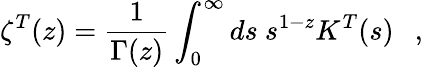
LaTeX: \zeta^{T}(z)={\frac{1}{\Gamma(z)}}\int_{0}^{\infty}ds~s^{1-z}K^{T}(s)~~~,